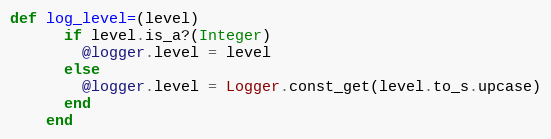
Language: Ruby
def log_level=(level)
      if level.is_a?(Integer)
        @logger.level = level
      else
        @logger.level = Logger.const_get(level.to_s.upcase)
      end
    end